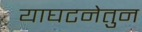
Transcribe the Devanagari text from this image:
याघटनेतुन